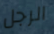
الرجل